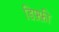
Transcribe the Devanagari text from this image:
डिफ़्फ़ी